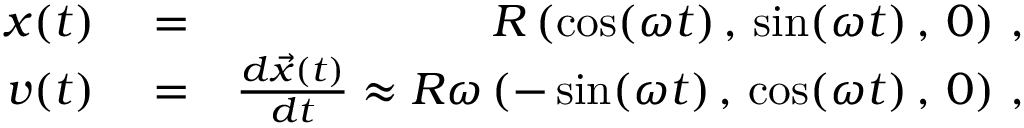
\begin{array} { r l r } { \boldsymbol { x } ( t ) } & { { } = } & { R \left( \cos ( \omega t ) \, , \, \sin ( \omega t ) \, , \, 0 \right) \, , } \\ { \boldsymbol { v } ( t ) } & { { } = } & { \frac { d \vec { x } ( t ) } { d t } \approx R \omega \left( - \sin ( \omega t ) \, , \, \cos ( \omega t ) \, , \, 0 \right) \, , } \end{array}